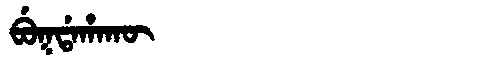
Manchu: ᠪᡠᡴᡩᠠᡥᠠᡴᡡ
Romanization: BUKDAHAKŪ